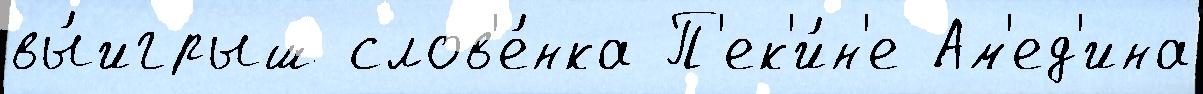
вы́игрыш слов'е́нка П'ек'и́н'е Ам'ед'ина